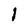
Character: l